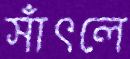
সাঁৎলে